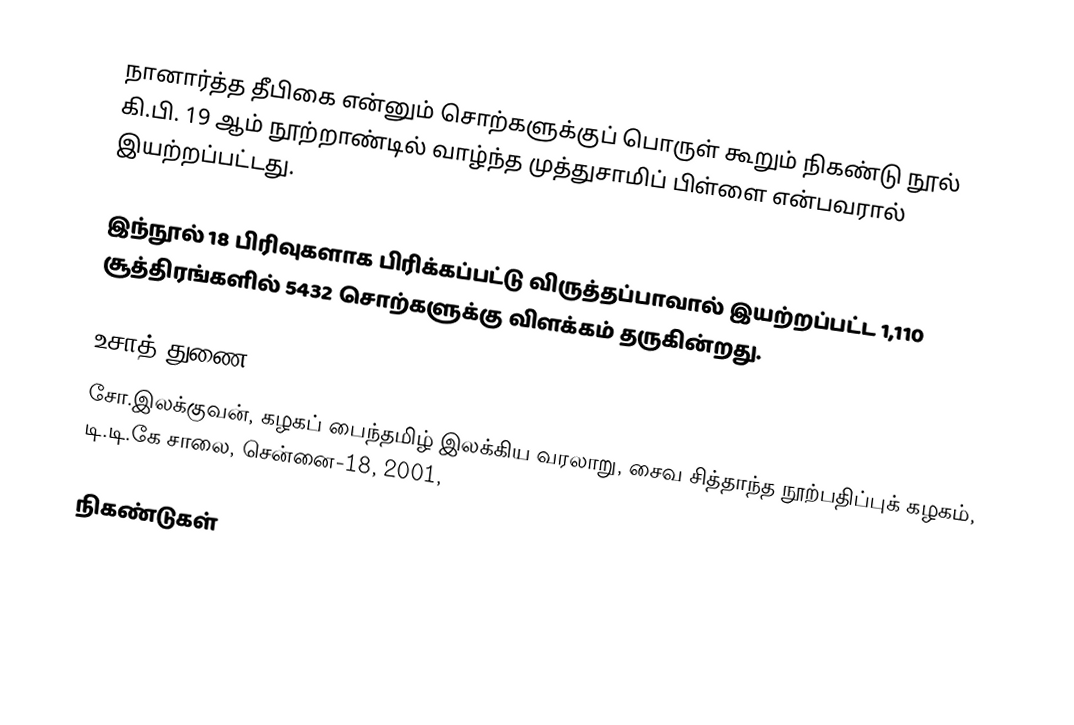
நானார்த்த தீபிகை என்னும் சொற்களுக்குப் பொருள் கூறும் நிகண்டு நூல் கி.பி. 19 ஆம் நூற்றாண்டில் வாழ்ந்த முத்துசாமிப் பிள்ளை என்பவரால் இயற்றப்பட்டது.

இந்நூல் 18 பிரிவுகளாக பிரிக்கப்பட்டு விருத்தப்பாவால் இயற்றப்பட்ட 1,110 சூத்திரங்களில் 5432 சொற்களுக்கு விளக்கம் தருகின்றது.

உசாத் துணை
சோ.இலக்குவன், கழகப் பைந்தமிழ் இலக்கிய வரலாறு, சைவ சித்தாந்த நூற்பதிப்புக் கழகம், டி.டி.கே சாலை, சென்னை-18, 2001,

நிகண்டுகள்